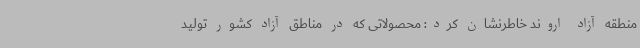
منطقه آزاد اروند خاطرنشان کرد: محصولاتی که در مناطق آزاد کشور تولید